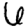
Digit: 6